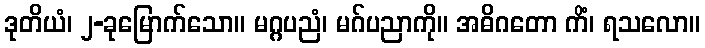
ဒုတိယံ၊ ၂-ခုမြောက်သော။ မဂ္ဂပညံ၊ မဂ်ပညာကို။ အဓိဂတော ကိံ၊ ရသလော။